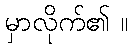
မှာလိုက်၏ ။